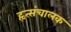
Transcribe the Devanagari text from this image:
हृत्संचालक